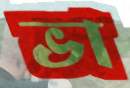
ভা